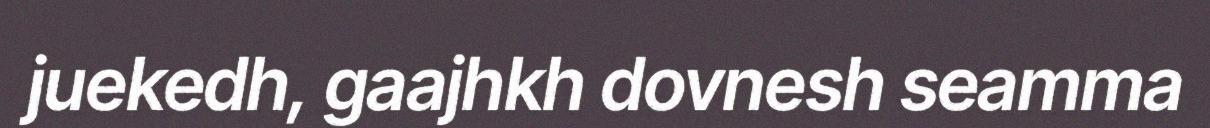
juekedh, gaajhkh dovnesh seamma